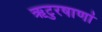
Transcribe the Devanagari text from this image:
ऋटुरषाणां